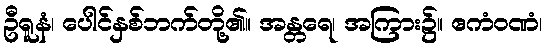
ဦရူနံ၊ ပေါင်နှစ်ဘက်တို့၏။ အန္တရေ၊ အကြား၌။ ဧကံဝဏံ၊